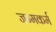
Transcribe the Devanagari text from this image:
जन्मकर्म